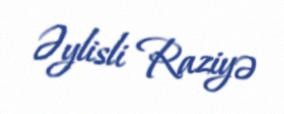
Əylisli Raziyə